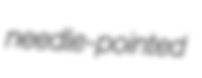
needle-pointed